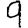
Digit: 9